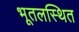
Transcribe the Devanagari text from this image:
भूतलस्थित